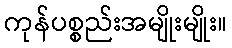
ကုန်ပစ္စည်းအမျိုးမျိုး။